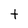
Character: t